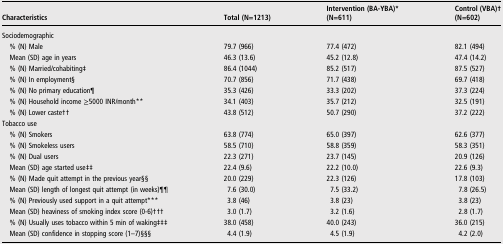
<table><thead><tr><td><b>Characteristics</b></td><td><b>Total (N=1213)</b></td><td><b>Intervention (BA-YBA)* (N=611)</b></td><td><b>Control (VBA)†(N=602)</b></td></tr></thead><tbody><tr><td colspan="4">Sociodemographic</td></tr><tr><td> % (N) Male</td><td>79.7 (966)</td><td>77.4 (472)</td><td>82.1 (494)</td></tr><tr><td> Mean (SD) age in years</td><td>46.3 (13.6)</td><td>45.2 (12.8)</td><td>47.4 (14.2)</td></tr><tr><td> % (N) Married/cohabiting‡</td><td>86.4 (1044)</td><td>85.2 (517)</td><td>87.5 (527)</td></tr><tr><td> % (N) In employment§</td><td>70.7 (856)</td><td>71.7 (438)</td><td>69.7 (418)</td></tr><tr><td> % (N) No primary education¶</td><td>35.3 (426)</td><td>33.3 (202)</td><td>37.3 (224)</td></tr><tr><td> % (N) Household income ≥5000 INR/month**</td><td>34.1 (403)</td><td>35.7 (212)</td><td>32.5 (191)</td></tr><tr><td> % (N) Lower caste††</td><td>43.8 (512)</td><td>50.7 (290)</td><td>37.2 (222)</td></tr><tr><td colspan="4">Tobacco use</td></tr><tr><td> % (N) Smokers</td><td>63.8 (774)</td><td>65.0 (397)</td><td>62.6 (377)</td></tr><tr><td> % (N) Smokeless users</td><td>58.5 (710)</td><td>58.8 (359)</td><td>58.3 (351)</td></tr><tr><td> % (N) Dual users</td><td>22.3 (271)</td><td>23.7 (145)</td><td>20.9 (126)</td></tr><tr><td> Mean (SD) age started use‡‡</td><td>22.4 (9.6)</td><td>22.2 (10.0)</td><td>22.6 (9.3)</td></tr><tr><td> % (N) Made quit attempt in the previous year§§</td><td>20.0 (229)</td><td>22.3 (126)</td><td>17.8 (103)</td></tr><tr><td> Mean (SD) length of longest quit attempt (in weeks)¶¶</td><td>7.6 (30.0)</td><td>7.5 (33.2)</td><td>7.8 (26.5)</td></tr><tr><td> % (N) Previously used support in a quit attempt***</td><td>3.8 (46)</td><td>3.8 (23)</td><td>3.8 (23)</td></tr><tr><td> Mean (SD) heaviness of smoking index score (0-6)†††</td><td>3.0 (1.7)</td><td>3.2 (1.6)</td><td>2.8 (1.7)</td></tr><tr><td> % (N) Usually uses tobacco within 5 min of waking‡‡‡</td><td>38.0 (458)</td><td>40.0 (243)</td><td>36.0 (215)</td></tr><tr><td> Mean (SD) confidence in stopping score (1–7)§§§</td><td>4.4 (1.9)</td><td>4.5 (1.9)</td><td>4.2 (2.0)</td></tr></tbody></table>